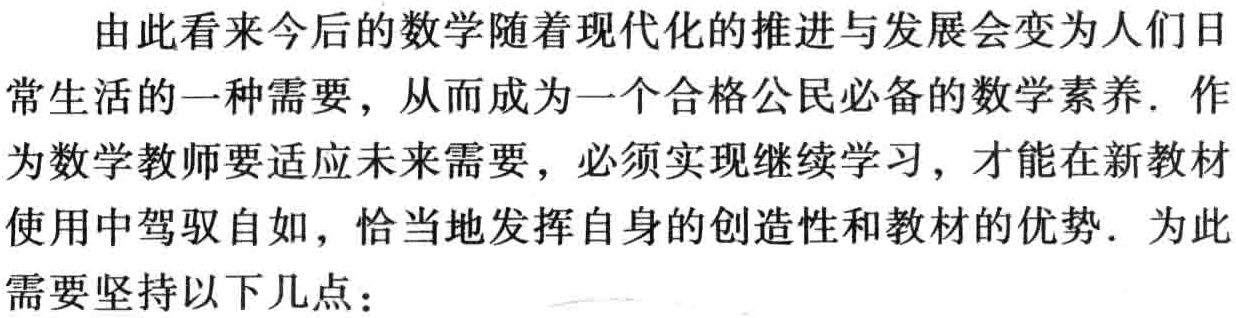
由此看来今后的数学随着现代化的推进与发展会变为人们日常生活的一种需要，从而成为一个合格公民必备的数学素养. 作为数学教师要适应未来需要，必须实现继续学习，才能在新教材使用中驾驭自如，恰当地发挥自身的创造性和教材的优势. 为此需要坚持以下几点：